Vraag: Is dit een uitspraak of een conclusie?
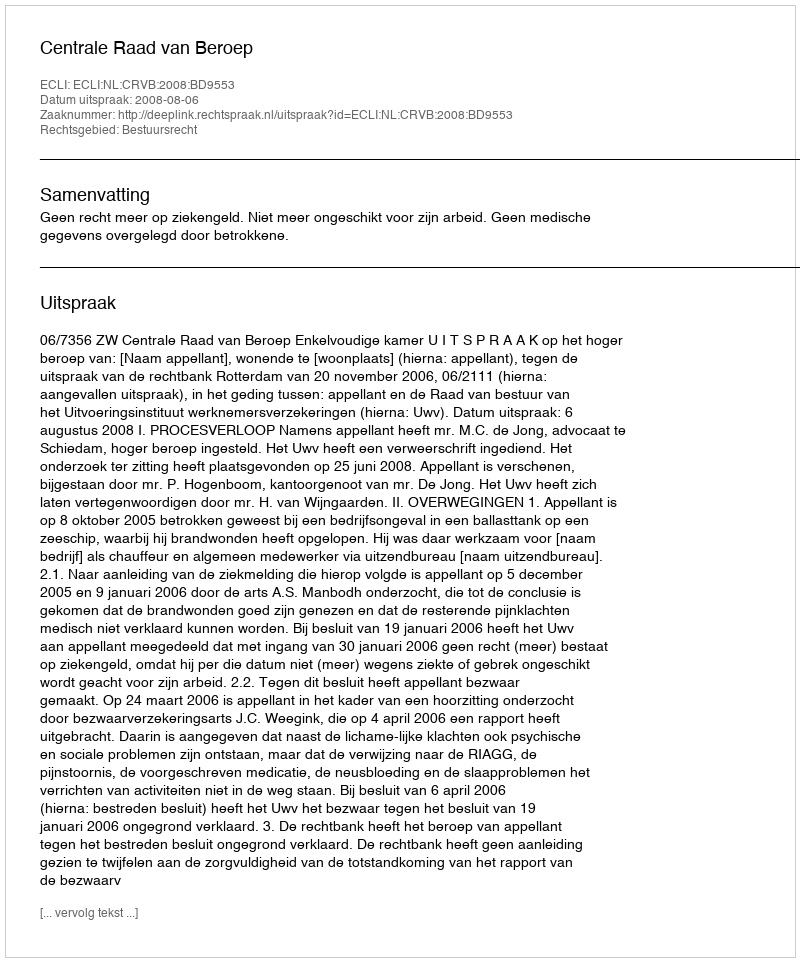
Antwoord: Uitspraak